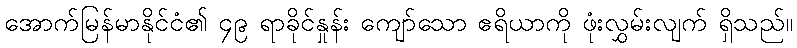
အောက်မြန်မာနိုင်ငံ၏ ၄၉ ရာခိုင်နှုန်း ကျော်သော ဧရိယာကို ဖုံးလွှမ်းလျက် ရှိသည်။